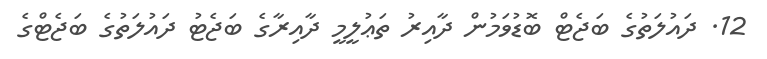
12. ދައުލަތުގެ ބަޖެޓް ބޮޑުވަމުން ދާއިރު ތަޢުލީމީ ދާއިރާގެ ބަޖެޓު ދައުލަތުގެ ބަޖެޓްގެ